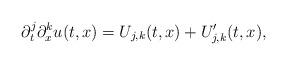
LaTeX: \begin{align*} \partial ^ j _ t \partial ^ k _ x u ( t , x ) = U _ { j , k } ( t , x ) + U ' _ { j , k } ( t , x ) ,\end{align*}